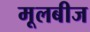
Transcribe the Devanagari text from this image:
मूलबीज